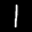
Label: 1